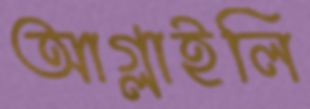
আগ্‌লাইলি